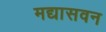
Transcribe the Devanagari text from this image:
मद्यासवन